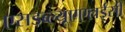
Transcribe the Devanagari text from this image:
एसडब्ल्यूएएलईसी